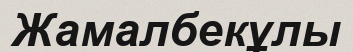
Жамалбекұлы